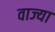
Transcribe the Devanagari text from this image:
वाज्या